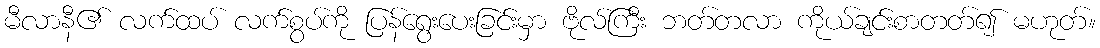
မီလာနီ၏ လက်ထပ် လက်စွပ်ကို ပြန်ရွေးပေးခြင်းမှာ ဗိုလ်ကြီး ဘတ်တလာ ကိုယ်ချင်းစာတတ်၍ မဟုတ်။